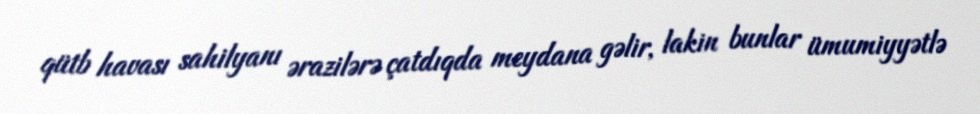
qütb havası sahilyanı ərazilərə çatdıqda meydana gəlir, lakin bunlar ümumiyyətlə